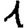
Digit: 1